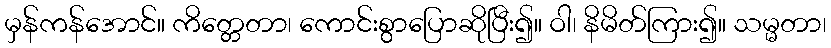
မှန်ကန်အောင်။ ကိတ္တေတာ၊ ကောင်းစွာပြောဆိုပြီး၍။ ဝါ၊ နိမိတ်ကြား၍။ သမ္မတာ၊